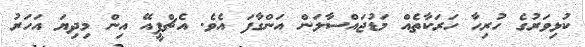
ކުޅިވަރުގެ ހުރިހާ ހަރަކާތެއް މަޑުޖައްސާލަން އަންގާފަ އެވެ. އެޗްޕީއޭ އިން މިދިޔަ އަހަރު